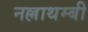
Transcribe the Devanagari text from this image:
नल्लाथम्बी